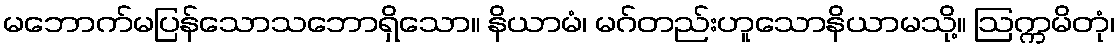
မဘောက်မပြန်သောသဘောရှိသော။ နိယာမံ၊ မဂ်တည်းဟူသောနိယာမသို့။ ဩက္ကမိတုံ၊